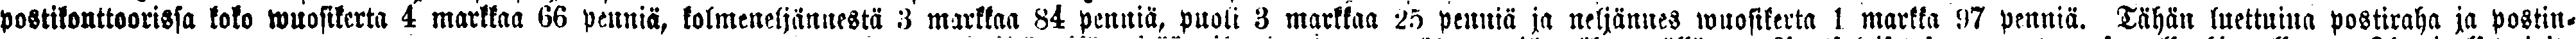
postikonttoorissa koko wuosikerta 4 markkaa 66 penniä, kolmeneljännestä 3 markkaa 84 penniä, puoli 3 markkaa penniä ja neljännes wuosikerta 1 markka 97 penniä. Tähän luettuina postiraha ja postin-